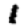
Digit: 1